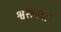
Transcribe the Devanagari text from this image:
श्वसनदर